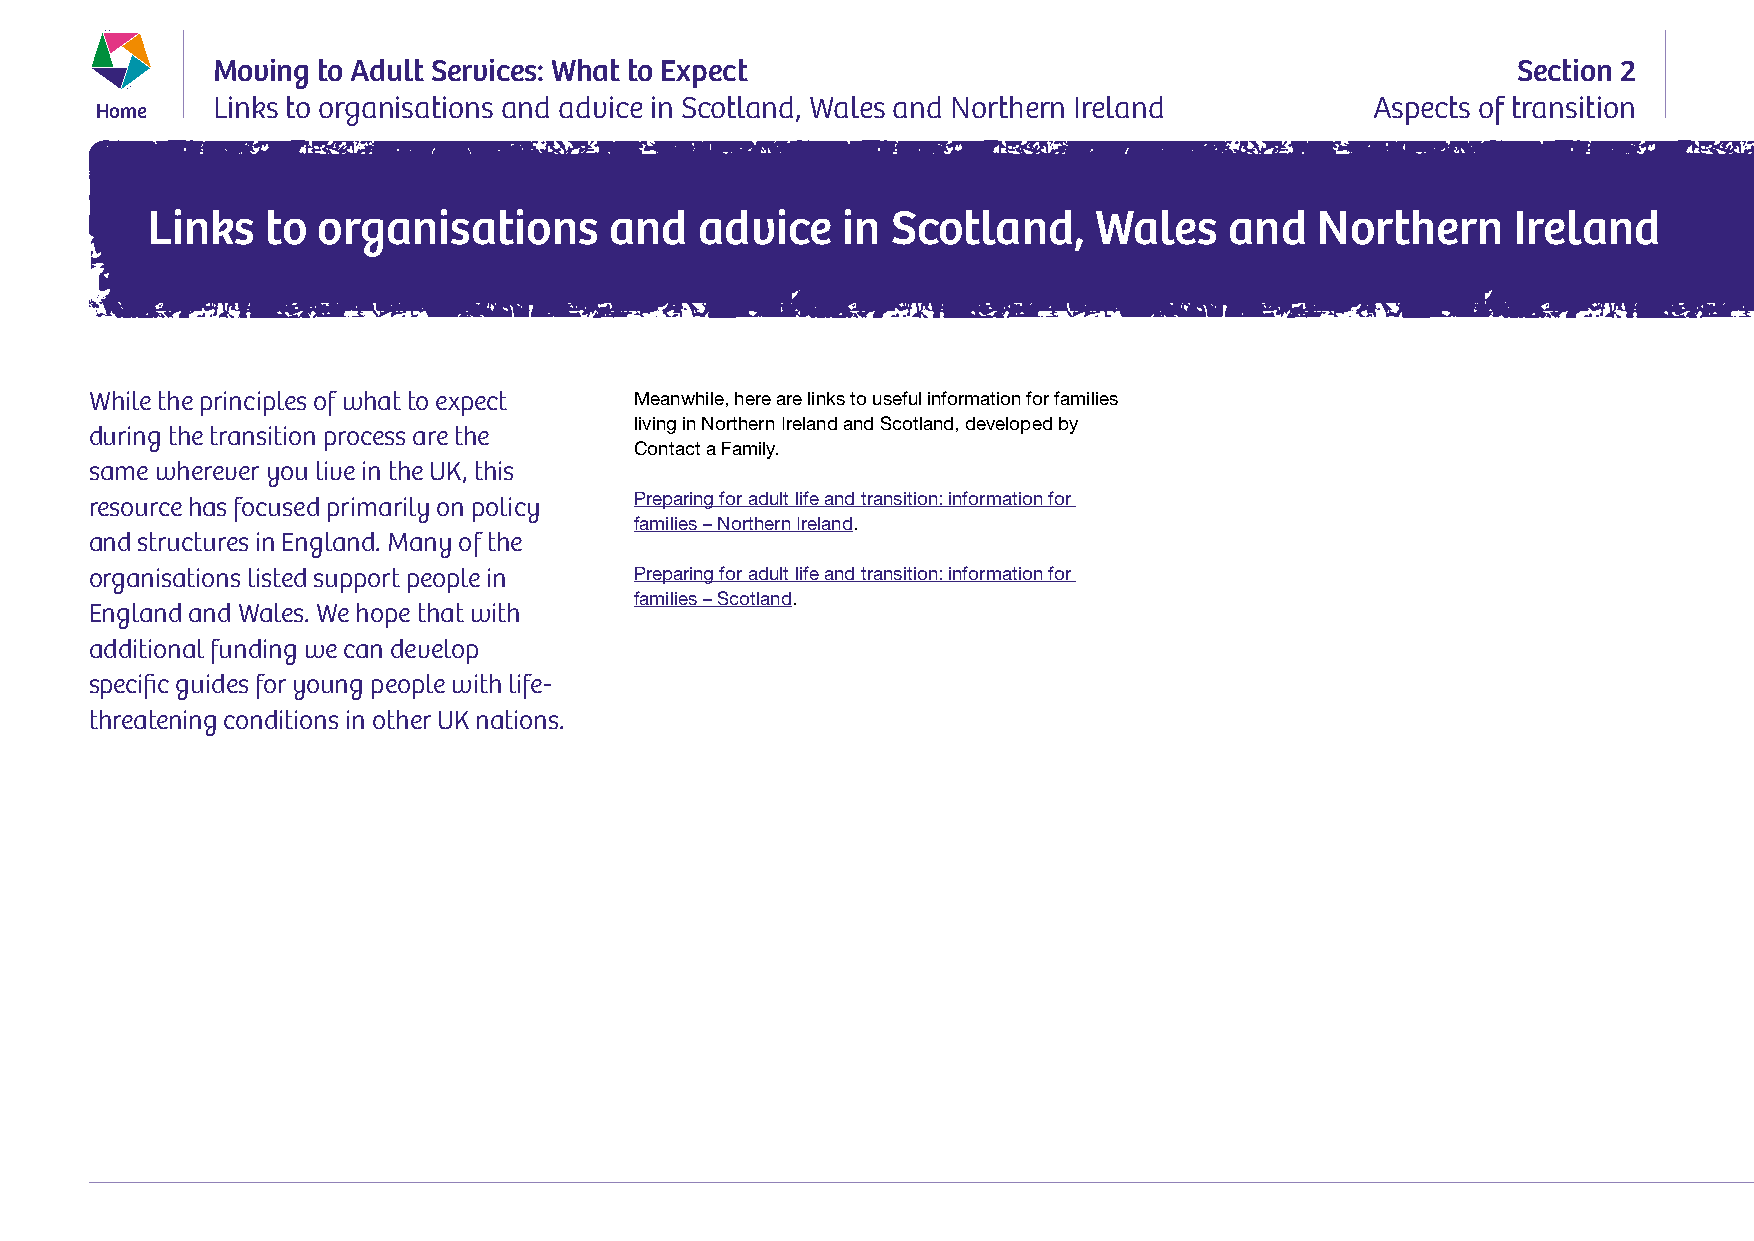
Moving to Adult Services: What to Expect                                              Section 2
 Home    Links to organisations and advice in Scotland, Wales and Northern Ireland    Aspects of transition
 Links   to organisations      and   advice    in Scotland,     Wales   and   Northern     Ireland
 While the principles of what to expect Meanwhile, here are links to useful information for families
 living in Northern Ireland and Scotland, developed by
 during the transition process are the
 Contact a Family.
 same wherever you live in the UK, this
 resource has focused primarily on policy Preparing for adult life and transition: information for
 families – Northern Ireland.
 and structures in England. Many of the
 organisations listed support people in Preparing for adult life and transition: information for
 families – Scotland.
 England and Wales. We hope that with
 additional funding we can develop
 specific guides for young people with life-
 threatening conditions in other UK nations.